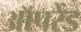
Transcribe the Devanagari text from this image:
ऑपरेंड